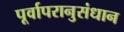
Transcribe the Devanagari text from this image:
पूर्वापरानुसंधान